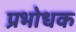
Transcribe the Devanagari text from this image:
प्रभोधक